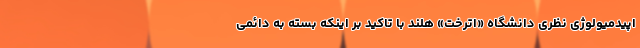
اپیدمیولوژی نظری دانشگاه «اترخت» هلند با تاکید بر اینکه بسته به دائمی